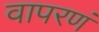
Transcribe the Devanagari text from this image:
वापरणं